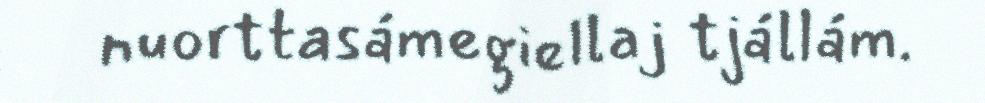
nuorttasámegiellaj tjállám.